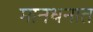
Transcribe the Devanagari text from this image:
मानधनात